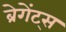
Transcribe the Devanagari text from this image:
ब्रेगेंट्स